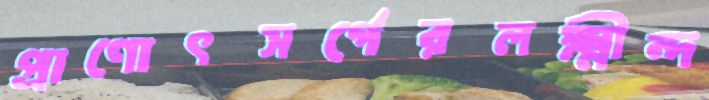
প্রাণোৎসর্গেরলক্ষ্মীন্দ